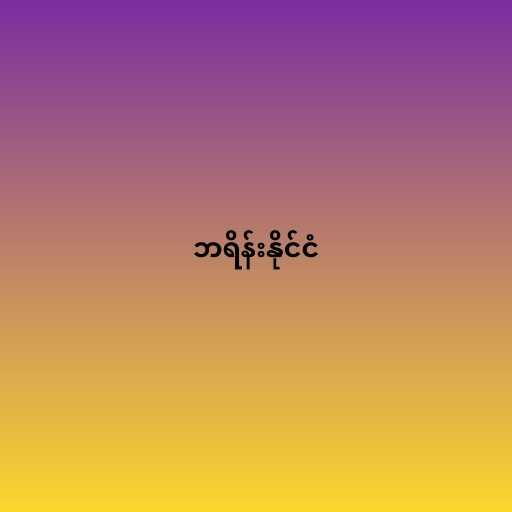
ဘရိန်းနိုင်ငံ